Report of the Indian Hemp Drugs Commission, 1894-1895 - Volume IV
Year: 1894
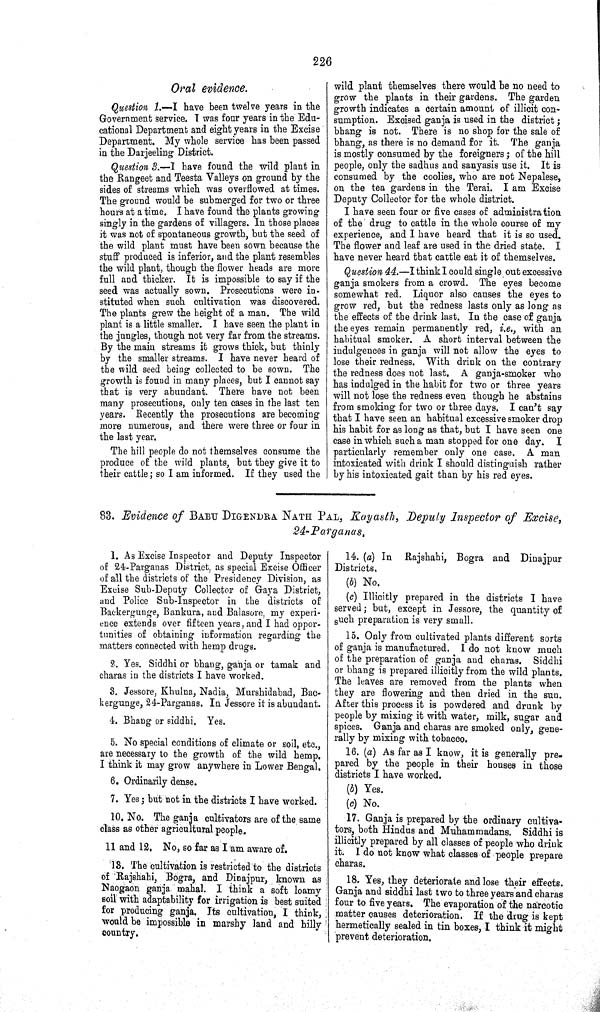
226
Oral evidence.
Question 1.—I have been twelve years in the
Government service. I was four years in the Edu-
cational Department and eight years in the Excise
Department. My whole service has been passed
in the Darjeeling District.
Question 3.—I have found the wild plant in
the Rangeet and Teesta Valleys on ground by the
sides of streams which was overflowed at times.
The ground would be submerged for two or three
hours at a time. I have found the plants growing
singly in the gardens of villagers. In those places
it was not of spontaneous growth, but the seed of
the wild plant must have been sown because the
stuff produced is inferior, and the plant resembles
the wild plant, though the flower heads are more
full and thicker. It is impossible to say if the
seed was actually sown. Prosecutions were in-
stituted when such cultivation was discovered.
The plants grew the height of a man. The wild
plant is a little smaller. I have seen the plant in
the jungles, though not very far from the streams.
By the main streams it grows thick, but thinly
by the smaller streams. I have never heard of
the wild seed being collected to be sown. The
growth is found in many places, but I cannot say
that is very abundant. There have not been
many prosecutions, only ten cases in the last ten
years. Recently the prosecutions are becoming
more numerous, and there were three or four in
the last year.
The hill people do not themselves consume the
produce of the wild plants, but they give it to
their cattle; so I am informed. If they used the
wild plant themselves there would be no need to
grow the plants in their gardens. The garden
growth indicates a certain amount of illicit con-
sumption. Excised ganja is used in the district;
bhang is not. There is no shop for the sale of
bhang, as there is no demand for it. The ganja
is mostly consumed by the foreigners; of the hill
people, only the sadhus and sanyasis use it. It is
consumed by the coolies, who are not Nepalese,
on the tea gardens in the Terai. I am Excise
Deputy Collector for the whole district.
I have seen four or five cases of administration
of the drug to cattle in the whole course of my
experience, and I have heard that it is so used.
The flower and leaf are used in the dried state. I
have never heard that cattle eat it of themselves.
Question 44.—I think I could single out excessive
ganja smokers from a crowd. The eyes become
somewhat red. Liquor also causes the eyes to
grow red, but the redness lasts only as long as
the effects of the drink last. In the case of ganja
the eyes remain permanently red, i.e., with an
habitual smoker. A short interval between the
indulgences in ganja will not allow the eyes to
lose their redness. With drink on the contrary
the redness does not last. A ganja-smoker who
has indulged in the habit for two or three years
will not lose the redness even though he abstains
from smoking for two or three days. I can't say
that I have seen an habitual excessive smoker drop
his habit for as long as that, but I have seen one
case in which such a man stopped for one day.
I
particularly remember only one case. A man
intoxicated with drink I should distinguish rather
by his intoxicated gait than by his red eyes.
83. Evidence of BABU DIGENDRA NATH PAL, Kayasth, Deputy Inspector of Excise,
24-Parganas.
1. As Excise Inspector and Deputy Inspector
of 24-Parganas District, as special Excise Officer
of all the districts of the Presidency Division, as
Excise Sub-Deputy Collector of Gaya District,
and Police Sub-Inspector in the districts of
Backergunge, Bankura, and Balasore, my experi-
ence extends over fifteen years, and I had oppor-
tunities of obtaining information regarding the
matters connected with hemp drugs.
2. Yes. Siddhi or bhang, ganja or tamak and
charas in the districts I have worked.
3. Jessore, Khulna, Nadia, Murshidabad, Bac-
kergunge, 24-Parganas. In Jessore it is abundant.
4. Bhang or siddhi. Yes.
5. No special conditions of climate or soil, etc.,
are necessary to the growth of the wild hemp.
I think it may grow anywhere in Lower Bengal.
6. Ordinarily dense.
7. Yes; but not in the districts I have worked.
10. No. The ganja cultivators are of the same
class as other agricultural people.
11 and 12. No, so far as I am aware of.
13. The cultivation is restricted to the districts
of Rajshahi, Bogra, and Dinajpur, known as
Naogaon ganja mahal. I think a soft loamy
soil with adaptability for irrigation is best suited
for producing ganja. Its cultivation, I think,
would be impossible in marshy land and hilly
country.
14. (a) In Rajshahi, Bogra and Dinajpur
Districts.
(b) No.
(c) Illicitly prepared in the districts I have
served; but, except in Jessore, the quantity of
such preparation is very small.
15. Only from cultivated plants different sorts
of ganja is manufactured. I do not know much
of the preparation of ganja and charas. Siddhi
or bhang is prepared illicitly from the wild plants.
The leaves are removed from the plants when
they are flowering and then dried in the sun.
After this process it is powdered and drunk by
people by mixing it with water, milk, sugar and
spices. Ganja and charas are smoked only, gene-
rally by mixing with tobacco.
16. (a) As far as I know, it is generally pre-
pared by the people in their houses in those
districts I have worked.
(b) Yes.
(c) No.
17. Ganja is prepared by the ordinary cultiva-
tors, both Hindus and Muhammadans. Siddhi is
illicitly prepared by all classes of people who drink
it. I do not know what classes of people prepare
charas.
18. Yes, they deteriorate and lose their effects.
Ganja and siddhi last two to three years and charas
four to five years. The evaporation of the narcotic
matter causes deterioration. If the drug is kept
hermetically sealed in tin boxes, I think it might
prevent deterioration.